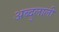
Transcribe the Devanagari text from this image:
अब्दुलाली